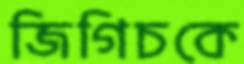
জিগিচকে